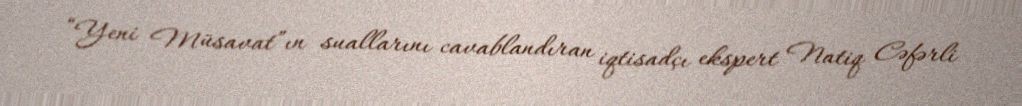
“Yeni Müsavat”ın suallarını cavablandıran iqtisadçı ekspert Natiq Cəfərli